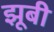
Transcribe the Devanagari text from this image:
झूबी